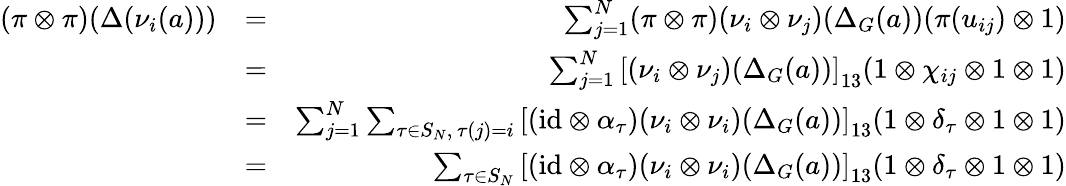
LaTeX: \begin{array}{rlr}{(\pi\otimes\pi)(\Delta(\nu_{i}(a)))}&{=}&{\sum_{j=1}^{N}(\pi\otimes\pi)(\nu_{i}\otimes\nu_{j})(\Delta_{G}(a))(\pi(u_{ij})\otimes 1)}\\ &{=}&{\sum_{j=1}^{N}\left[(\nu_{i}\otimes\nu_{j})(\Delta_{G}(a))\right]_{13}(1\otimes\chi_{ij}\otimes 1\otimes 1)}\\ &{=}&{\sum_{j=1}^{N}\sum_{\tau\in S_{N},\, \tau(j)=i}\left[(\mathrm{id}\otimes\alpha_{\tau})(\nu_{i}\otimes\nu_{i})(\Delta_{G}(a))\right]_{13}(1\otimes\delta_{\tau}\otimes 1\otimes 1)}\\ &{=}&{\sum_{\tau\in S_{N}}\left[(\mathrm{id}\otimes\alpha_{\tau})(\nu_{i}\otimes\nu_{i})(\Delta_{G}(a))\right]_{13}(1\otimes\delta_{\tau}\otimes 1\otimes 1)}\end{array}